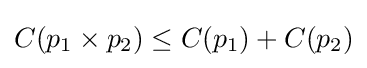
C(p_{1}\times p_{2})\leq C(p_{1})+C(p_{2})